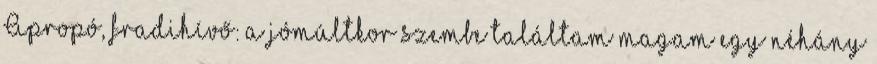
Apropó, fradihívő: a jómúltkor szembe találtam magam egy néhány